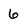
Character: 6